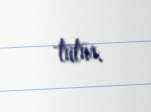
tutur.